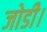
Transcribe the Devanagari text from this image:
जोडी।